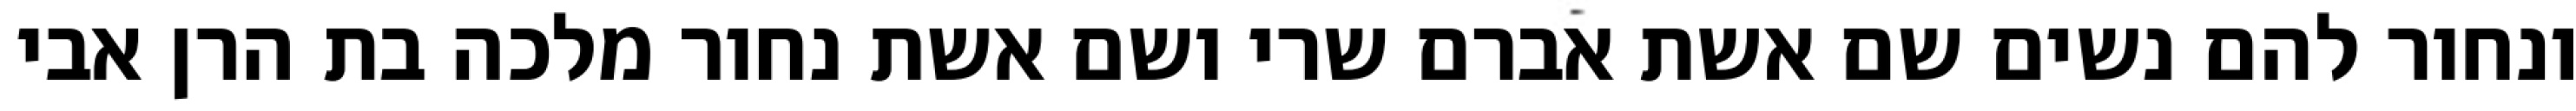
ונחור להם נשים שם אשת אברם שרי ושם אשת נחור מלכה בת הרן אבי